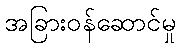
အခြားဝန်ဆောင်မှု